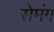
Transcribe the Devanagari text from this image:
सेमंग